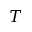
T